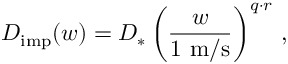
D _ { \mathrm { i m p } } ( w ) = D _ { * } \left( \frac { w } { 1 \ \mathrm { m / s } } \right) ^ { q \cdot r } \, ,